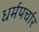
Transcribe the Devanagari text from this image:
धर्मपर्चार